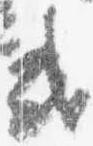
或